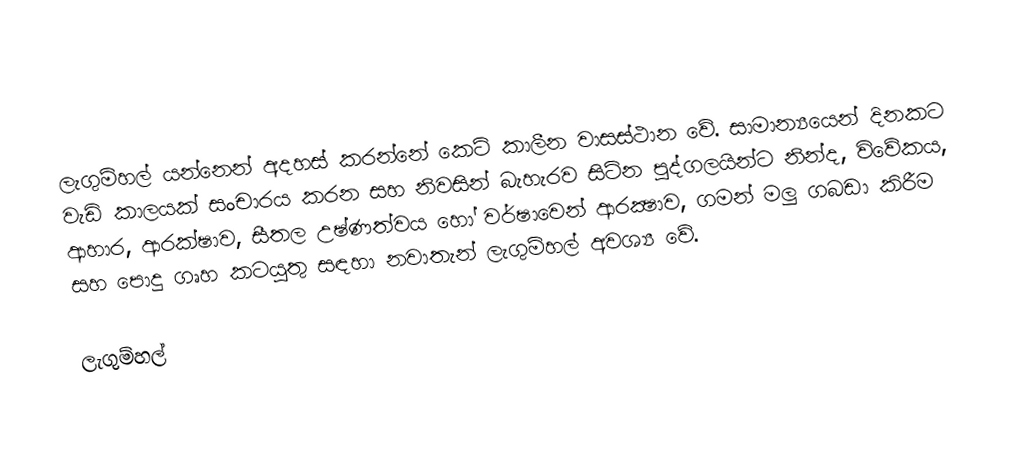
ලැගුම්හල් යන්නෙන් අදහස් කරන්නේ කෙටි කාලීන වාසස්ථාන වේ. සාමාන්‍යයෙන් දිනකට වැඩි කාලයක් සංචාරය කරන සහ නිවසින් බැහැරව සිටින පුද්ගලයින්ට නින්ද, විවේකය, ආහාර, ආරක්ෂාව, සීතල උෂ්ණත්වය හෝ වර්ෂාවෙන් ආරක්‍ෂාව, ගමන් මලු ගබඩා කිරීම සහ පොදු ගෘහ කටයුතු සඳහා  නවාතැන් ලැගුම්හල් අවශ්‍ය වේ.

ලැගුම්හල්